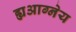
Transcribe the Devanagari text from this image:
ह्यआग्नेय